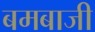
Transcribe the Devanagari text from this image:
बमबाजी